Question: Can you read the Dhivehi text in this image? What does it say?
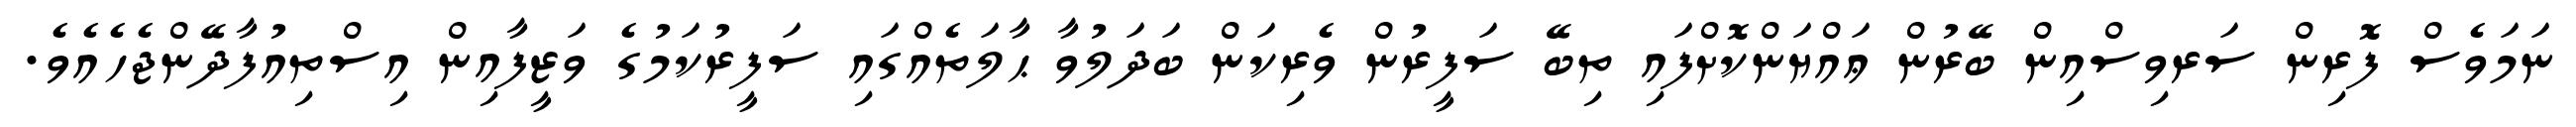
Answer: ނަމަވެސް ފޮރިން ސަރވިސްއިން ބޭރުން ޢައްޔަންކޮށްފައި ތިބޭ ސަފީރުން ވެރިކަން ބަދަލުވާ ޙާލަތެއްގައި ސަފީރުކަމުގެ ވަޒީފާއިން އިސްތިއުފާދޭންޖެހެއެވެ.